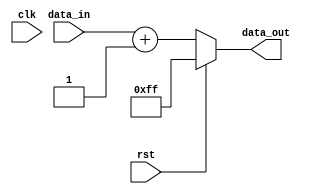
module basic_initial_block(
    input wire clk,
    input wire rst,
    input wire [7:0] data_in,
    output reg [7:0] data_out
);

initial begin
    // Initialize variables
    data_out = 8'b00000000;
    
    // Set initial conditions
    if(rst) begin
        data_out = 8'b11111111;
    end else begin
        // Perform certain operations
        data_out = data_in + 8'b00000001;
    end
end

endmodule